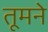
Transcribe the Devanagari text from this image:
तूमने